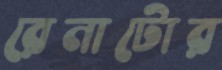
রেনাটোর